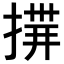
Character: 𢰎